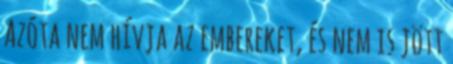
Azóta nem hívja az embereket, és nem is jött